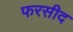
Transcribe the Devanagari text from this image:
फरसीद